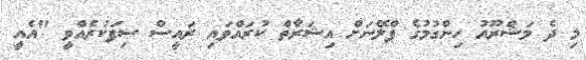
މި ދެ މަޝްރޫއު ހިންގުމުގެ ޕްލޭނަށް އިޝަރާތް ކުރައްވައި ރައީސް ސިފަކުރެއްވީ "އެއީ